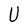
Character: U